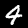
Digit: 4